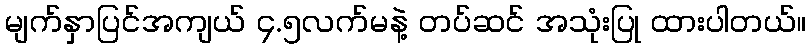
မျက်နှာပြင်အကျယ် ၄.၅လက်မနဲ့ တပ်ဆင် အသုံးပြု ထားပါတယ်။